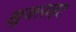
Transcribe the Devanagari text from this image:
ख़ुजलाहट